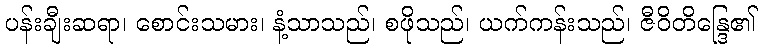
ပန်းချီးဆရာ၊ စောင်းသမား၊ နံ့သာသည်၊ စဖိုသည်၊ ယက်ကန်းသည်၊ ဇီဝိတိန္ဒြေ၏